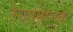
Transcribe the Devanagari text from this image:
रेखामानक